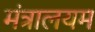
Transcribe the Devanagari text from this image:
मंत्रालयम